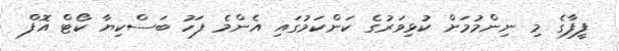
ފީފާގެ މި ނިންމުމަށް ކުޅިވަރުގެ ކަންކަމުގައި އެންމެ ފަހު ބަސްކިޔާ ކޯޓް އޮފް